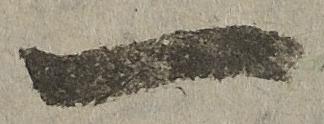
一